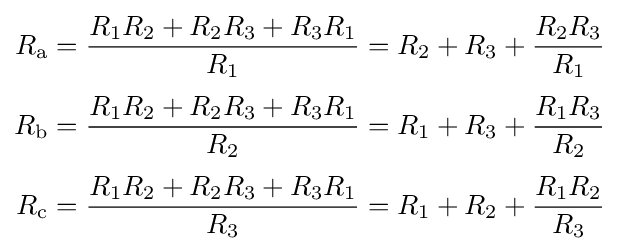
{\begin{aligned}R_{\text{a}}&={\frac {R_{1}R_{2}+R_{2}R_{3}+R_{3}R_{1}}{R_{1}}}=R_{2}+R_{3}+{\frac {R_{2}R_{3}}{R_{1}}}\\[3pt]R_{\text{b}}&={\frac {R_{1}R_{2}+R_{2}R_{3}+R_{3}R_{1}}{R_{2}}}=R_{1}+R_{3}+{\frac {R_{1}R_{3}}{R_{2}}}\\[3pt]R_{\text{c}}&={\frac {R_{1}R_{2}+R_{2}R_{3}+R_{3}R_{1}}{R_{3}}}=R_{1}+R_{2}+{\frac {R_{1}R_{2}}{R_{3}}}\end{aligned}}